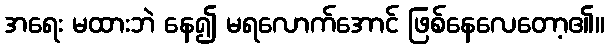
အရေး မထားဘဲ နေ၍ မရလောက်အောင် ဖြစ်နေလေတော့၏။